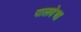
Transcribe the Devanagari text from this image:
पालवेचा